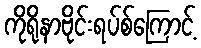
ကိုရိုနာဗိုင်းရပ်စ်ကြောင့်